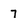
Character: 7